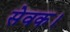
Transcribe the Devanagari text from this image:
सेवक।